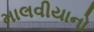
માલવીયાનો